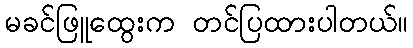
မခင်ဖြူထွေးက တင်ပြထားပါတယ်။